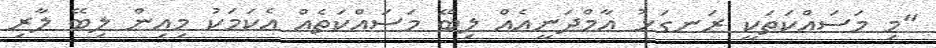
"މި މަސައްކަތަކީ ރަނގަޅު އާމްދަނީއެއް ލިބޭ މަސައްކަތެއް އެކަމަކު މިއިން ލިބޭ ލާރި